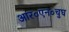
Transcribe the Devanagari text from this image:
आर०एन०चुघ